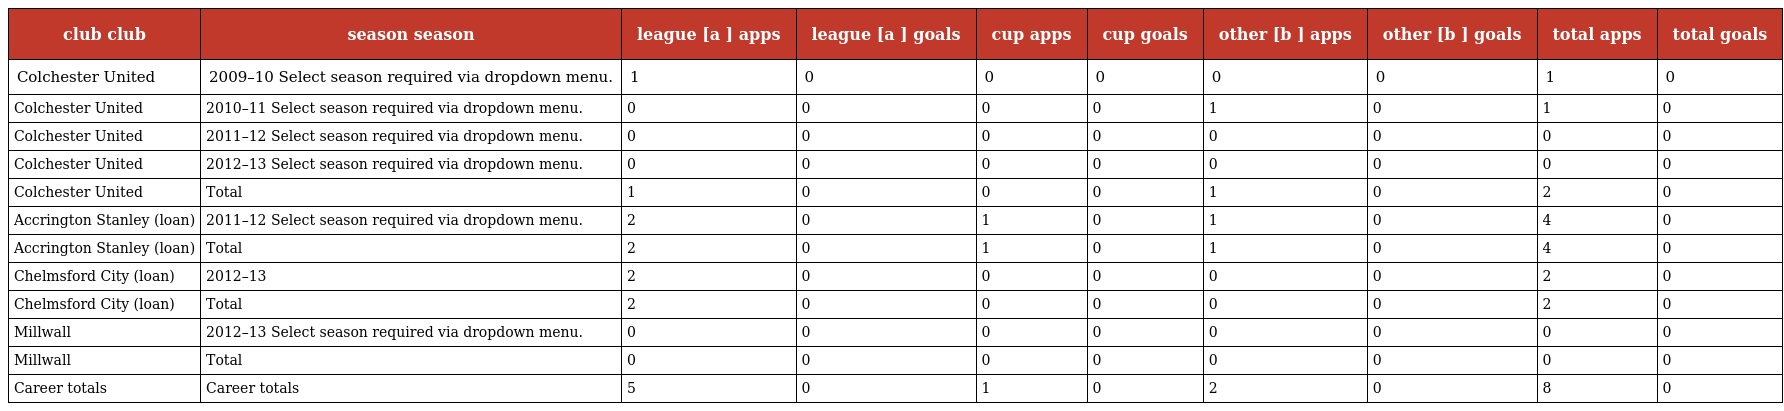
| club club | season season | league [a ] apps | league [a ] goals | cup apps | cup goals | other [b ] apps | other [b ] goals | total apps | total goals |
 | --- | --- | --- | --- | --- | --- | --- | --- | --- | --- |
 | Colchester United | 2009–10 Select season required via dropdown menu. | 1 | 0 | 0 | 0 | 0 | 0 | 1 | 0 |
 | Colchester United | 2010–11 Select season required via dropdown menu. | 0 | 0 | 0 | 0 | 1 | 0 | 1 | 0 |
 | Colchester United | 2011–12 Select season required via dropdown menu. | 0 | 0 | 0 | 0 | 0 | 0 | 0 | 0 |
 | Colchester United | 2012–13 Select season required via dropdown menu. | 0 | 0 | 0 | 0 | 0 | 0 | 0 | 0 |
 | Colchester United | Total | 1 | 0 | 0 | 0 | 1 | 0 | 2 | 0 |
 | Accrington Stanley (loan) | 2011–12 Select season required via dropdown menu. | 2 | 0 | 1 | 0 | 1 | 0 | 4 | 0 |
 | Accrington Stanley (loan) | Total | 2 | 0 | 1 | 0 | 1 | 0 | 4 | 0 |
 | Chelmsford City (loan) | 2012–13 | 2 | 0 | 0 | 0 | 0 | 0 | 2 | 0 |
 | Chelmsford City (loan) | Total | 2 | 0 | 0 | 0 | 0 | 0 | 2 | 0 |
 | Millwall | 2012–13 Select season required via dropdown menu. | 0 | 0 | 0 | 0 | 0 | 0 | 0 | 0 |
 | Millwall | Total | 0 | 0 | 0 | 0 | 0 | 0 | 0 | 0 |
 | Career totals | Career totals | 5 | 0 | 1 | 0 | 2 | 0 | 8 | 0 |